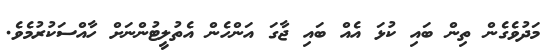
މަދުވެގެން ތިން ބައި ކުޅަ އެއް ބައި ޖާގަ އަންހެން އެތުލީޓުންނަށް ހާއްސަކުރުމެވެ.